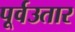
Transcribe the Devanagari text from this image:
पूर्वउतार